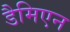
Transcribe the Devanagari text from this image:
डैमिएन